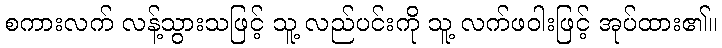
စကားလက် လန့်သွားသဖြင့် သူ့ လည်ပင်းကို သူ့ လက်ဖဝါးဖြင့် အုပ်ထား၏။